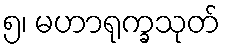
၅၊ မဟာရုက္ခသုတ်